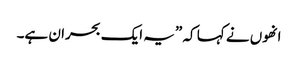
انھوں نے کہا کہ ”یہ ایک بحران ہے۔